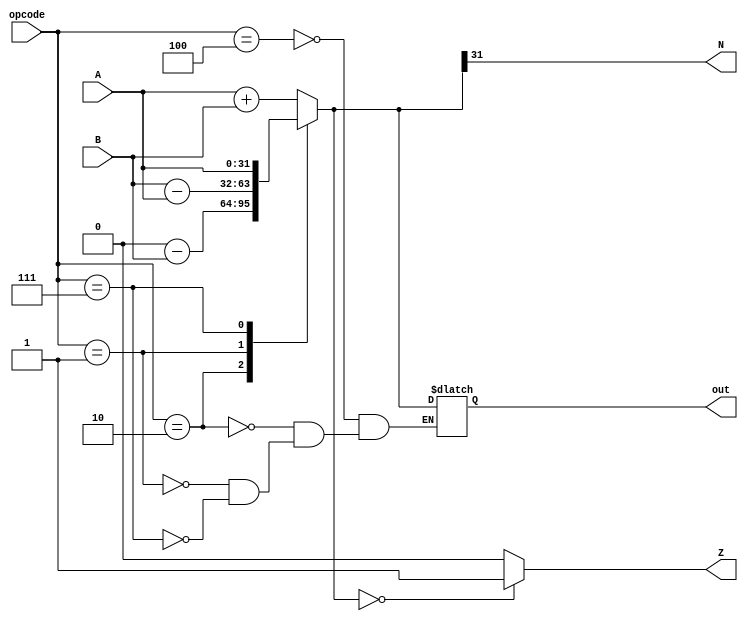
`timescale 1ns / 1ps
//////////////////////////////////////////////////////////////////////////////////
// Company: 
// Engineer: 
// 
// Design Name: 
// Module Name: control_unit
// Project Name: 
// Target Devices: 
// Tool Versions: 
// Description: 
// 
// Dependencies: 
// 
// Revision:
// Revision 0.01 - File Created
// Additional Comments:
// 
//////////////////////////////////////////////////////////////////////////////////


module ALU(input [31:0] A, input [31:0] B, input [2:0] opcode, output reg [31:0] out, output reg Z, output reg  N);
always@(*)
begin
    case(opcode)
     3'b100:
        out =  A + B;
     3'b010:
        out = 0 - B;
     3'b001:
        out = B - A;
     3'b111:
        out = A;
     endcase
N = out[31];
if(out == 0)begin
Z = 1;
end
else begin
Z = 0;
end;
     
end
endmodule


module adder32(input [31:0] A, input [31:0] B, output reg [31:0] out);

always@(*)
begin
    out = A + B;
end
endmodule